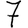
Digit: 7